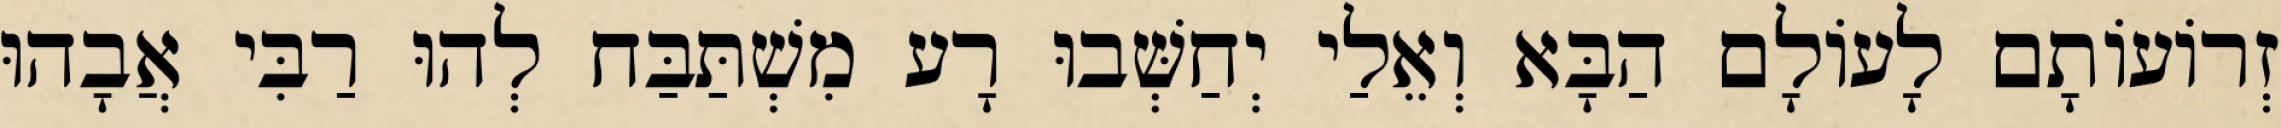
זְרוֹעוֹתָם לָעוֹלָם הַבָּא וְאֵלַי יְחַשְּׁבוּ רָע מִשְׁתַּבַּח לְהוּ רַבִּי אֲבָהוּ